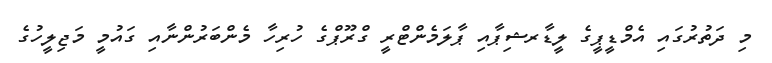
މި ދަތުރުގައި އެމްޑީޕީގެ ލީޑާރޝިޕާއި ޕާލަމެންޓްރީ ގްރޫޕްގެ ހުރިހާ މެންބަރުންނާއި ގައުމީ މަޖިލީހުގެ